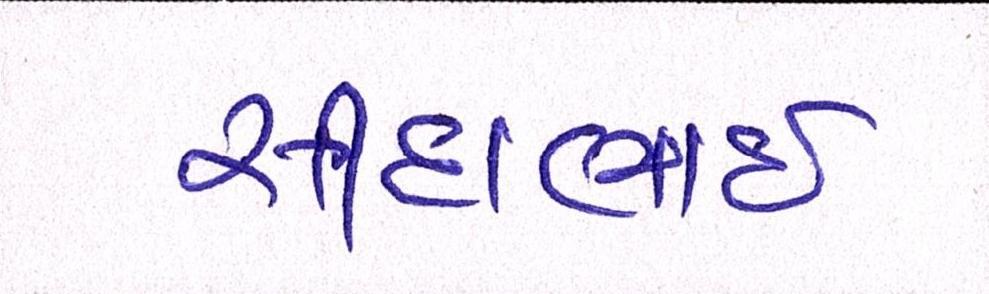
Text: સીદાભાઈ